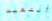
أنتهيت